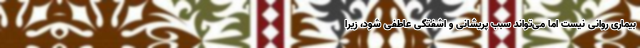
بیماری روانی نیست اما می‌تواند سبب پریشانی و اشفتگی عاطفی شود، زیرا